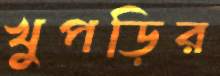
খুপড়ির